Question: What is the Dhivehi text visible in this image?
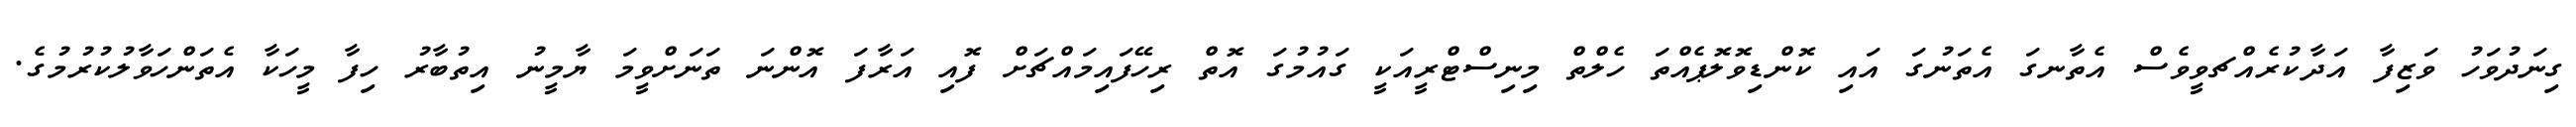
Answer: ގިނަދުވަހު ވަޒިފާ އަދާކުރެއްޗވީވެސް އެތާނގަ އެތަނުގަ އައި ކޮންޑިވޮލޮޕެއްތަ ހެލްތް މިނިސްޓްރީއަކީ ގައުމުގަ އޮތް ރިހޭފައިމައްޗަށް ފޮއި އަރާފަ އޮންނަ ތަނަށްވީމަ ޔާމީނު އިތުބާރު ހިފާ މީހަކާ އެތަންހަވާލުކުރުމުގެ.